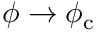
\phi \to \phi _ { \mathrm { c } }